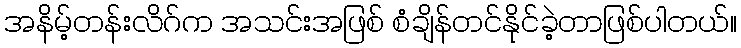
အနိမ့်တန်းလိဂ်က အသင်းအဖြစ် စံချိန်တင်နိုင်ခဲ့တာဖြစ်ပါတယ်။